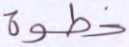
خطوة